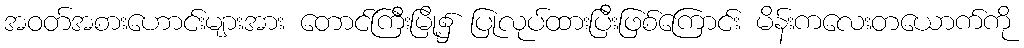
အဝတ်အစားဟောင်းများအား တောင်ကြီးမြို့၌ ပြုလုပ်ထားပြီးဖြစ်ကြောင်း မိန်းကလေးတယောက်ကို